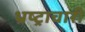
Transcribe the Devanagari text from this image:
भ्रष्ट्राचारी